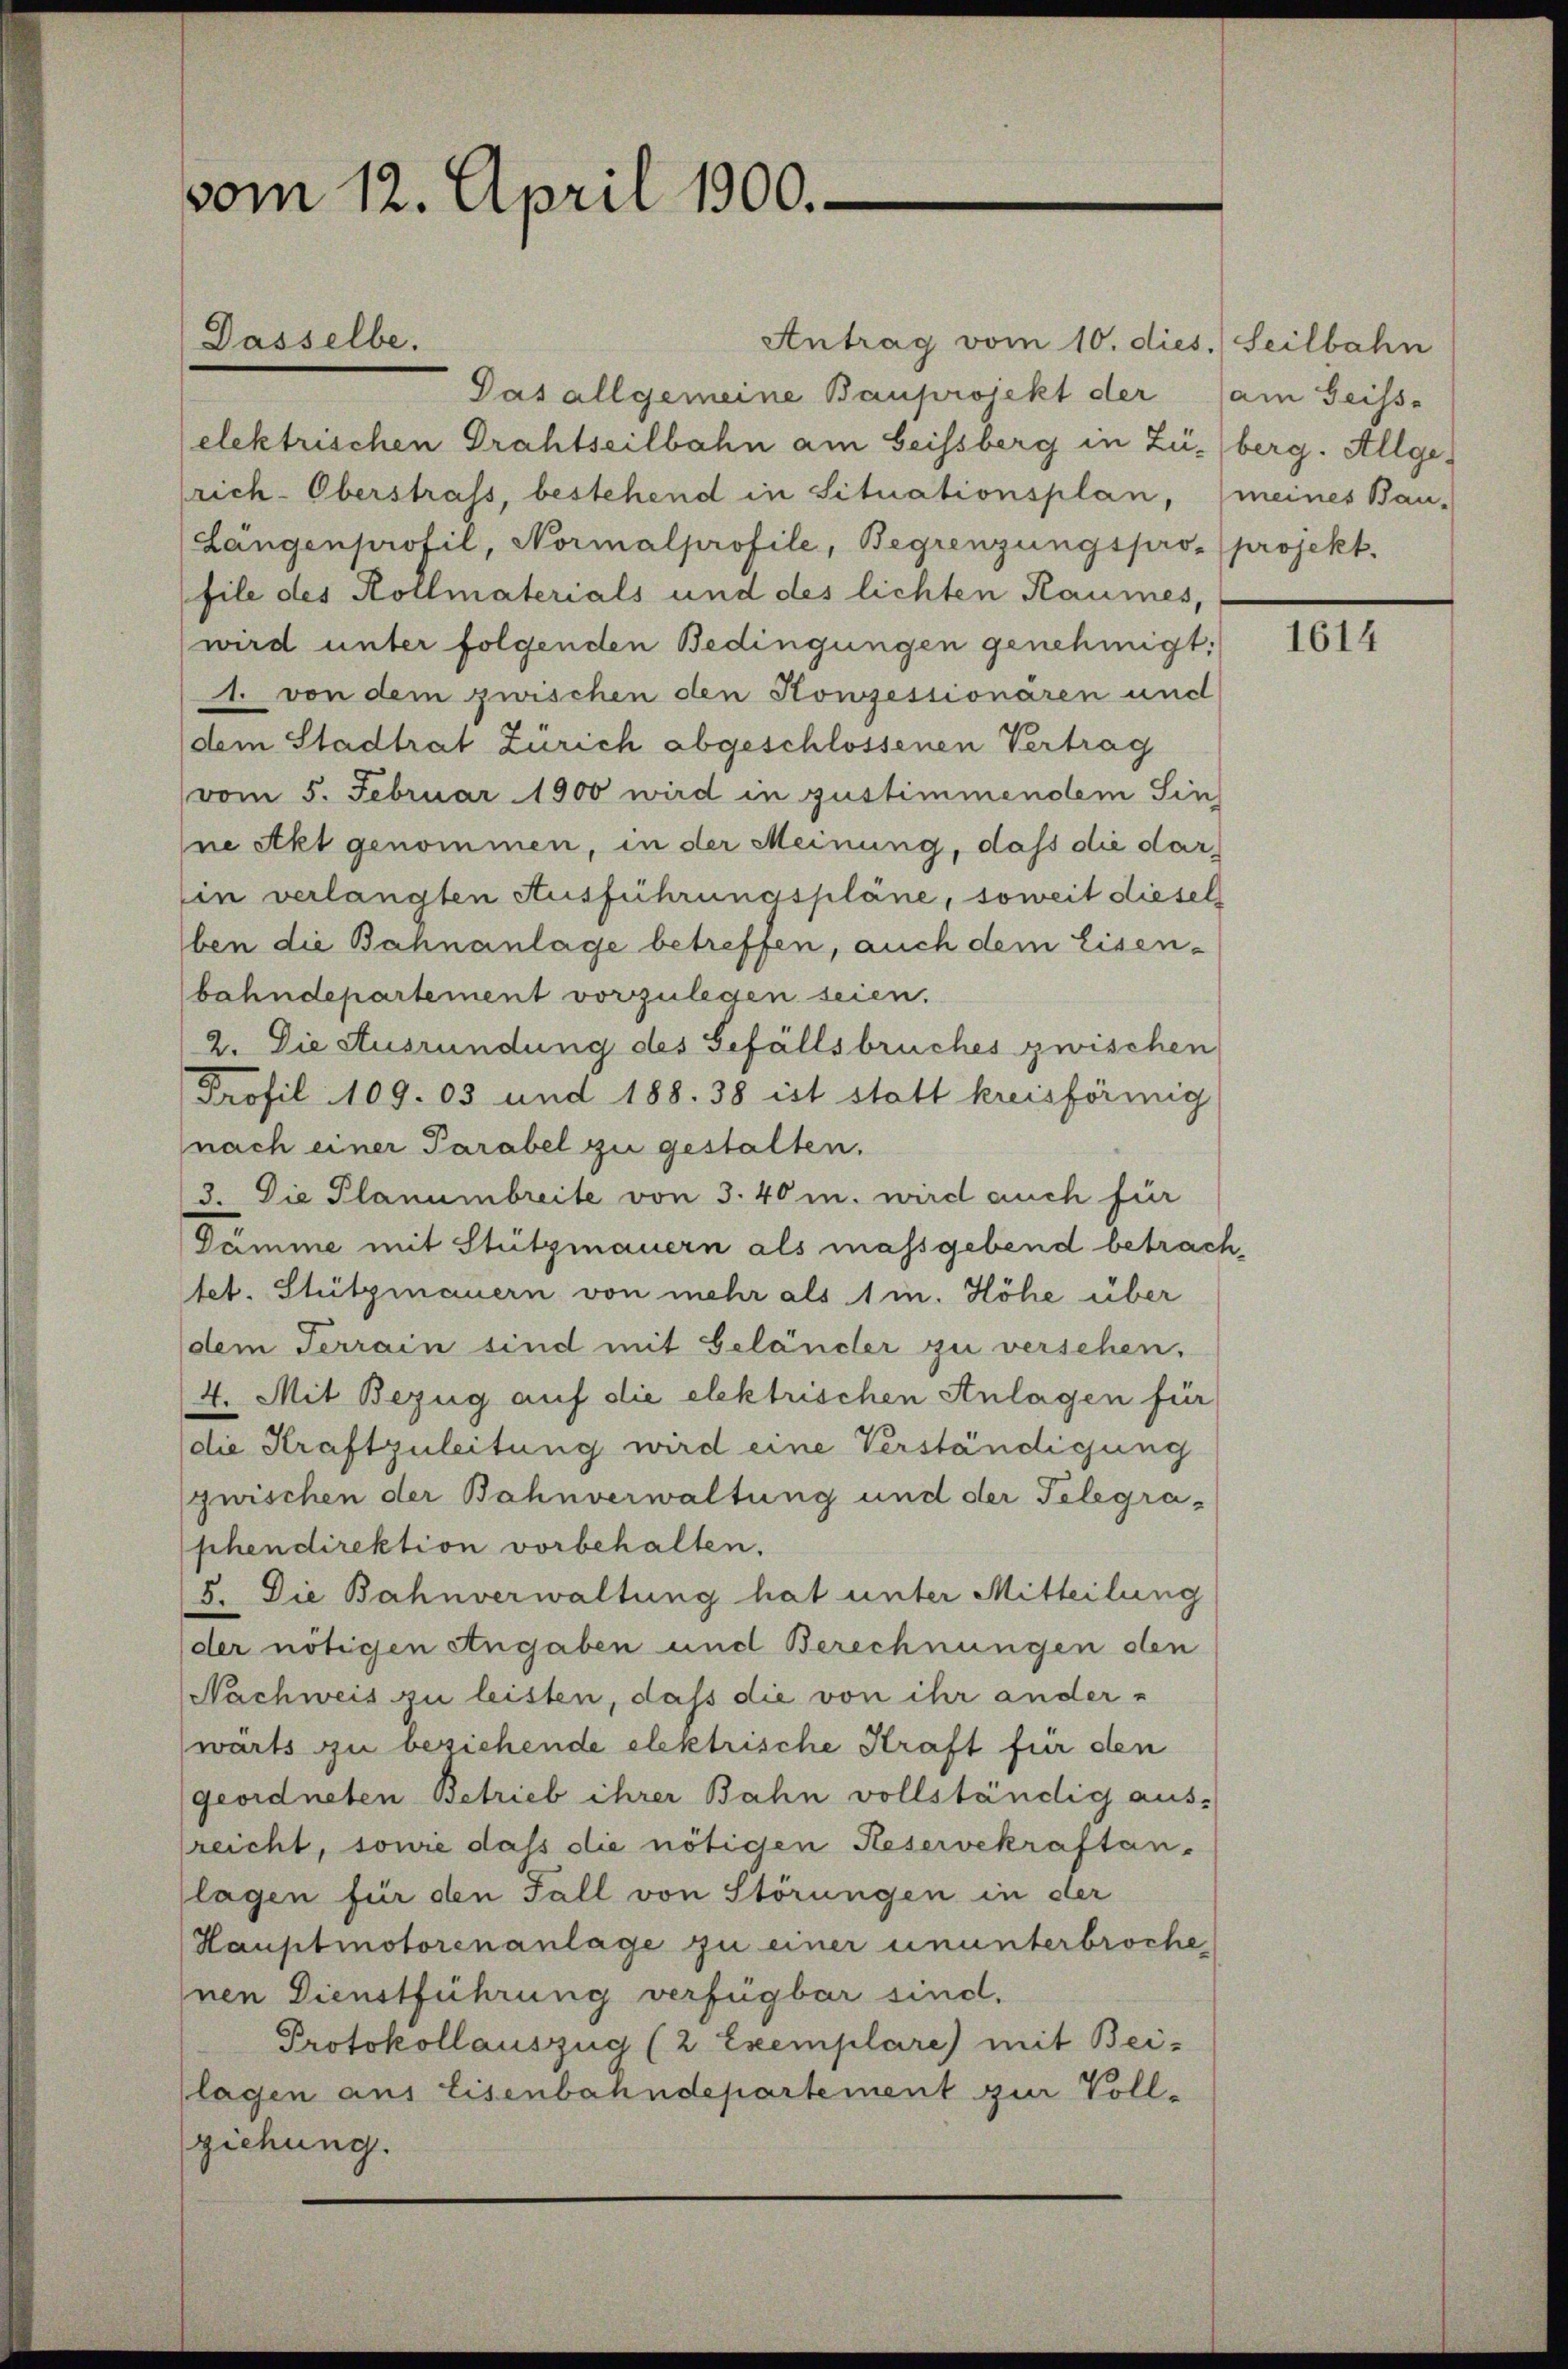
vom 12. April 1900.

Dasselbe.

Antrag vom 10. dies. Seilbahn
Das allgemeine Bauprojekt der am Geisse
elektrischen Drahtseilbahn am heissberg in Zü-berg. Allge-
rich-Oberstrafs, bestehend in Situationsplan, (meines Bau-
Längenprofil, Normalprofile, Begrenzungspro- (projekt.
file des Kollmaterials und des lichten Raumes,
wird unter folgenden Bedingungen genehmigt:
1. von dem zwischen den Konzessionären und
(dem Stadtrat Zürich abgeschlossenen Vertrag
vom 5. Februar 1900 wird in zustimmendem Sin
ne Akt genommen, in der Meinung, daß die darin verlangten Ausführungspläne, soweit diesel
ben die Bahnanlage betreffen, auch dem Eisen-
bahndepartement vorzulegen seien.
2. Die Ausrundung des Gefällsbruches zwischen
Profil 109. 05 und 188. 38 ist statt kreisförmig
nach einer Parabel zu gestalten.
3. Die Planumbreite von 3. 40 m. wird auch für
Dämme mit Stützmauern als massgebend betrach,
tet. Stützmauern von mehr als 1 m. Höhe über
dem Terrain sind mit Geländer zu versehen.
4. Mit Bezug auf die elektrischen Anlagen für
die Kraftzuleitung wird eine Verständigung
zwischen der Bahnverwaltung und der Telegraphendirektion vorbehalten.
5. Die Bahnverwaltung hat unter Mitteilung
der nötigen Angaben und Berechnungen den
Nachweis zu leisten, daß die von ihr anderwärts zu beziehende elektrische Kraft für den
geordneten Betrieb ihrer Bahn vollständig aus-
reicht, sowie dass die nötiden Reservekraftan.
lagen für den Fall von Störungen in der
Hauptmotorenanlage zu einer ununterbroche,
nen Dienstführung verfügbar sind.
Protokollauszug (2 Exemplare) mit Bei-
lagen aus Eisenbahndepartement zur Vollziehung.

1614